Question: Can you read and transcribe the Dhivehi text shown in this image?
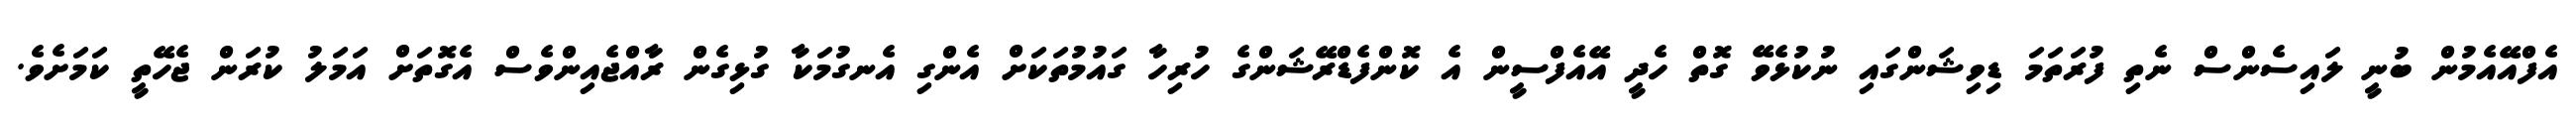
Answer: އެފްއޭއެމުން ބުނީ ލައިސެންސް ނެތި ފުރަތަމަ ޑިވިޝަންގައި ނުކުޅެވޭ ގޮތް ހެދީ އޭއެފްސީން އެ ކޮންފެޑްރޭޝަންގެ ހުރިހާ ގައުމުތަކަށް އެންގި އެނގުމަކާ ގުޅިގެން ރާއްޖެއިންވެސް އެގޮތަށް އަމަލު ކުރަން ޖެހޭތީ ކަމަށެވެ.